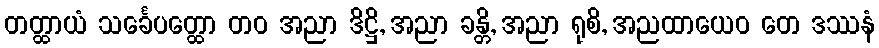
တတ္ထာယံ သင်္ခေပတ္ထော တဝ အညာ ဒိဋ္ဌိ, အညာ ခန္တိ, အညာ ရုစိ, အညထာယေဝ တေ ဒဿနံ